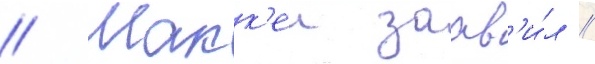
// Макк'еи заав'и́л /